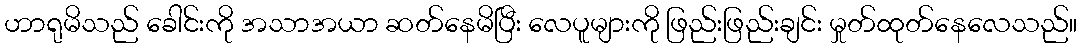
ဟာရုမိသည် ခေါင်းကို အသာအယာ ဆတ်နေမိပြီး လေပူများကို ဖြည်းဖြည်းချင်း မှုတ်ထုတ်နေလေသည်။